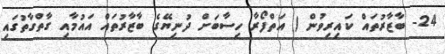
24- ބާޒާރުތައް ކައިރިވުން ( އަތްފޯރާ ހިސާބަށް ދުނިޔޭގެ ބާޒާރުތައް އައުމާއި ގާތްގާތުގައި